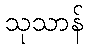
သုသာန်